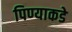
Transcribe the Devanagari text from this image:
पिण्याकडे